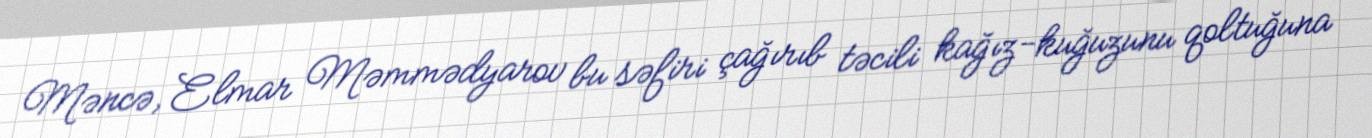
Məncə, Elmar Məmmədyarov bu səfiri çağırıb təcili kağız-kuğuzunu qoltuğuna